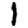
Digit: 1